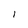
Character: l